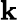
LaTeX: \textbf{k}